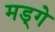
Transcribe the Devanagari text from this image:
मड्गे